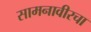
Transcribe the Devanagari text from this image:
सामनावीरचा